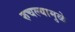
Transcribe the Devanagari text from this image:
रुचल्यामुळे